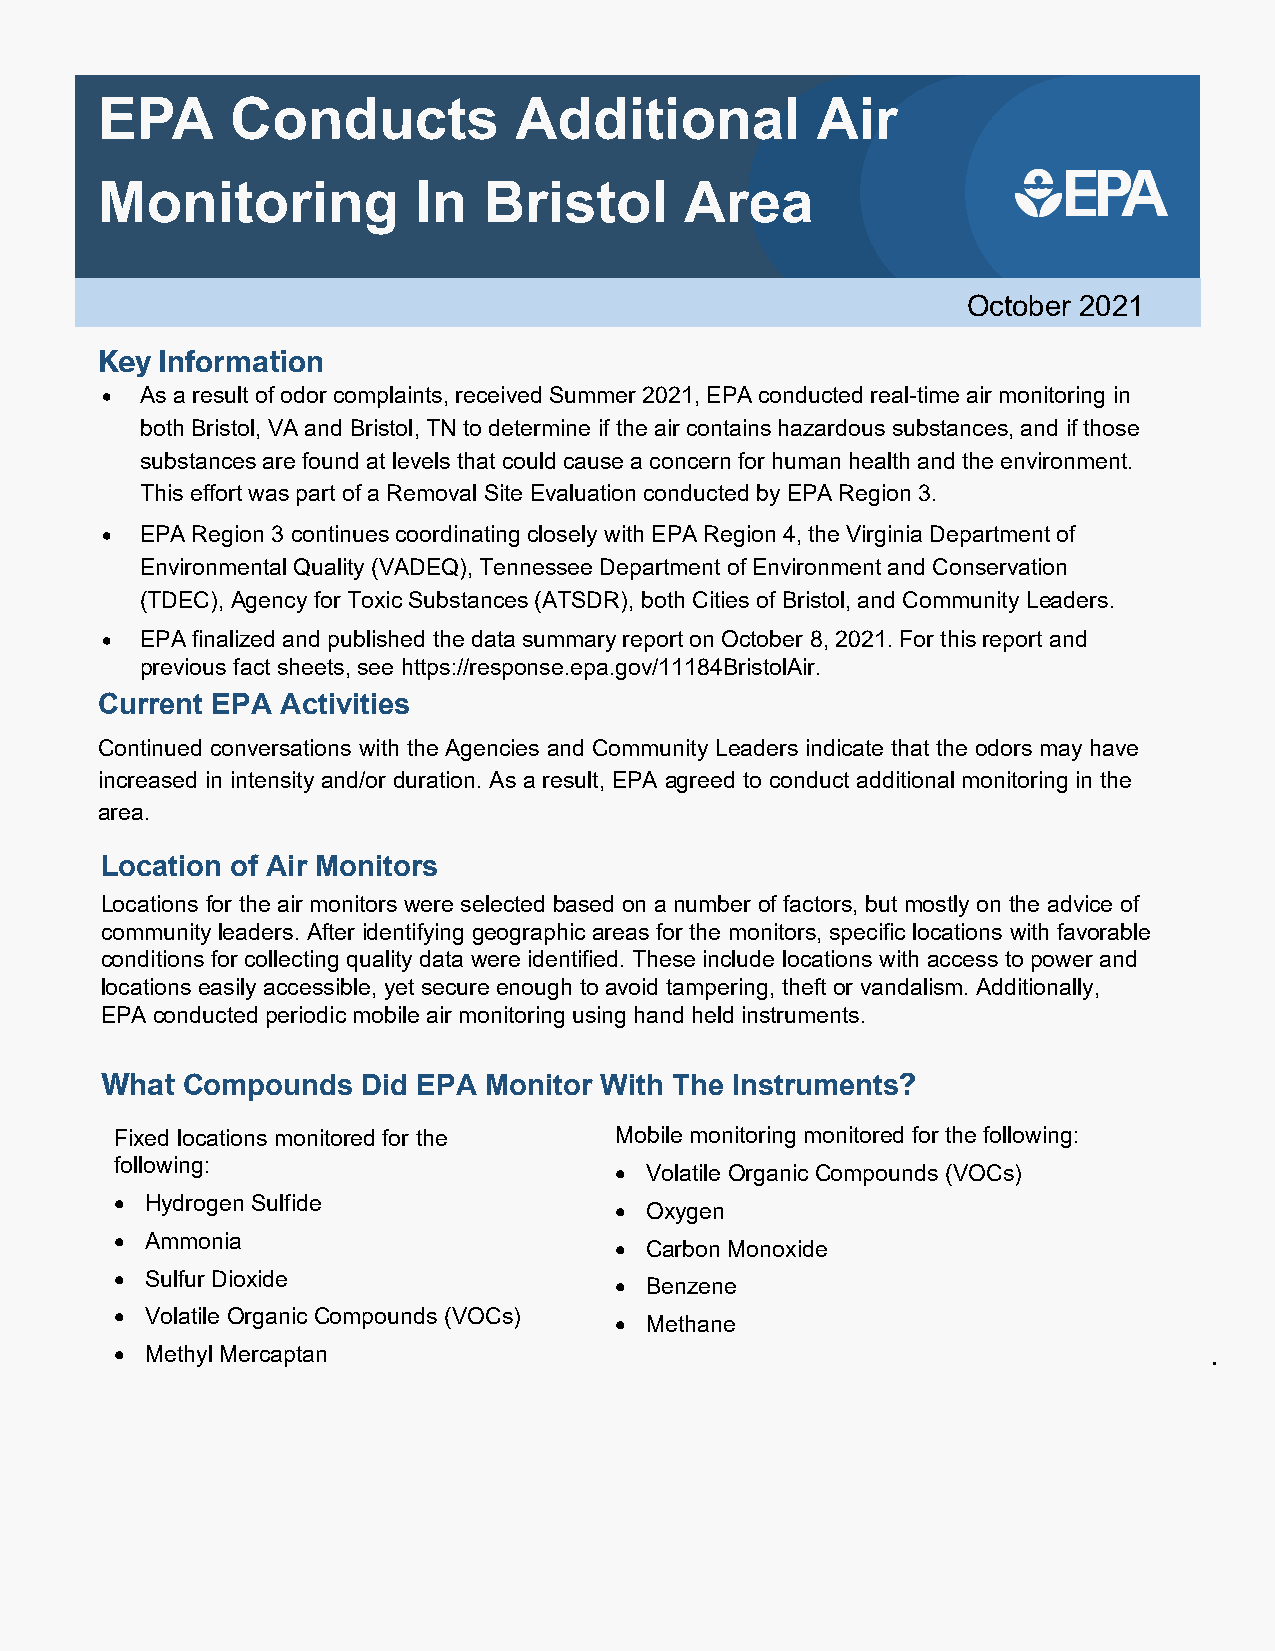
EPA      Conducts           Additional          Air
 Monitoring           In   Bristol      Area
 October 2021
 Key Information
 • As a result of odor complaints, received Summer 2021, EPA conducted real-time air monitoring in
 both Bristol, VA and Bristol, TN to determine if the air contains hazardous substances, and if those
 substances are found at levels that could cause a concern for human health and the environment.
 This effort was part of a Removal Site Evaluation conducted by EPA Region 3.
 • EPA Region 3 continues coordinating closely with EPA Region 4, the Virginia Department of
 Environmental Quality (VADEQ), Tennessee Department of Environment and Conservation
 (TDEC), Agency for Toxic Substances (ATSDR), both Cities of Bristol, and Community Leaders.
 • EPA finalized and published the data summary report on October 8, 2021. For this report and
 previous fact sheets, see https://response.epa.gov/11184BristolAir.
 Current EPA Activities
 Continued conversations with the Agencies and Community Leaders indicate that the odors may have
 increased in intensity and/or duration. As a result, EPA agreed to conduct additional monitoring in the
 area.
 Location of Air Monitors
 Locations for the air monitors were selected based on a number of factors, but mostly on the advice of
 community leaders. After identifying geographic areas for the monitors, specific locations with favorable
 conditions for collecting quality data were identified. These include locations with access to power and
 locations easily accessible, yet secure enough to avoid tampering, theft or vandalism. Additionally,
 EPA conducted periodic mobile air monitoring using hand held instruments.
 What Compounds   Did EPA Monitor With The Instruments?
 Fixed locations monitored for the Mobile monitoring monitored for the following:
 following:
 • Volatile Organic Compounds (VOCs)
 • Hydrogen Sulfide
 • Oxygen
 • Ammonia
 • Carbon Monoxide
 • Sulfur Dioxide
 • Benzene
 • Volatile Organic Compounds (VOCs) • Methane                          ?
 • Methyl Mercaptan                                                      .